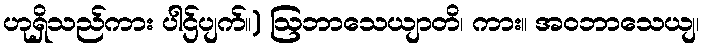
ဟုရှိသည်ကား ပါဌ်ပျက်။) ဩဘာသေယျာတိ၊ ကား။ အဝဘာသေယျ၊